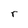
Character: r